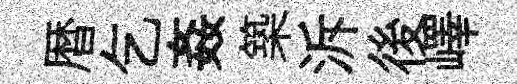
暦乞姦築泝後嶧